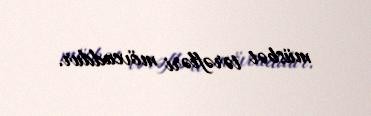
müsbət tərəfləri mövcuddur.